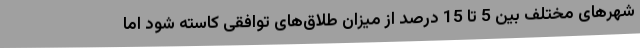
شهرهای مختلف بین 5 تا 15 درصد از میزان طلاق‌های توافقی کاسته شود اما